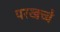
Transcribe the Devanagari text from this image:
परखच्चे